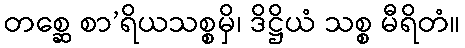
တစ္ဆေ စာ’ရိယသစ္စမှိ၊ ဒိဋ္ဌိယံ သစ္စ မီရိတံ။